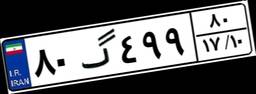
۸۰گ۴۹۹۸۰